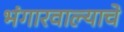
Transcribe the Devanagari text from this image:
भंगारवाल्याचे